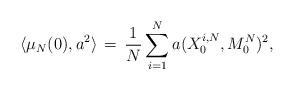
LaTeX: \begin{align*} \langle \mu_N(0),a^2\rangle\,=\,\frac1N\sum_{i=1}^N a(X_0^{i,N},M^N_0)^2,\end{align*}